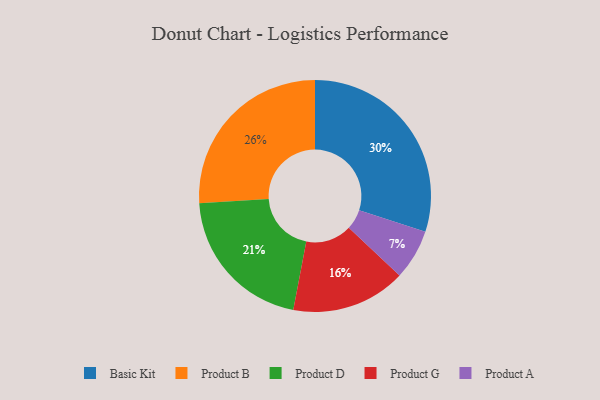
{"axis": {"x": "Category", "y": "Percentage"}, "legend": ["Basic Kit", "Product A", "Product B", "Product D", "Product G"], "data": [{"x": "Basic Kit", "y": 30, "type": "Basic Kit"}, {"x": "Product G", "y": 16, "type": "Product G"}, {"x": "Product D", "y": 21, "type": "Product D"}, {"x": "Product A", "y": 7, "type": "Product A"}, {"x": "Product B", "y": 26, "type": "Product B"}]}